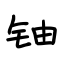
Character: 铀